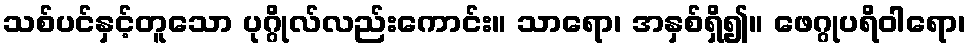
သစ်ပင်နှင့်တူသော ပုဂ္ဂိုလ်လည်းကောင်း။ သာရော၊ အနှစ်ရှိ၍။ ဖေဂ္ဂုပရိဝါရော၊